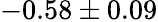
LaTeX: -0.58\pm 0.09